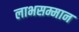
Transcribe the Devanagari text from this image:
लाभसम्मान